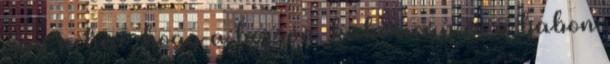
úgy nehéz, hogy a borsón, kukoricán és a babon